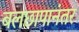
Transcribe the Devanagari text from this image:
बलछापानंतर